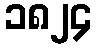
၁၈၂၄